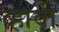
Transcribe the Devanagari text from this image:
व्‍हावी